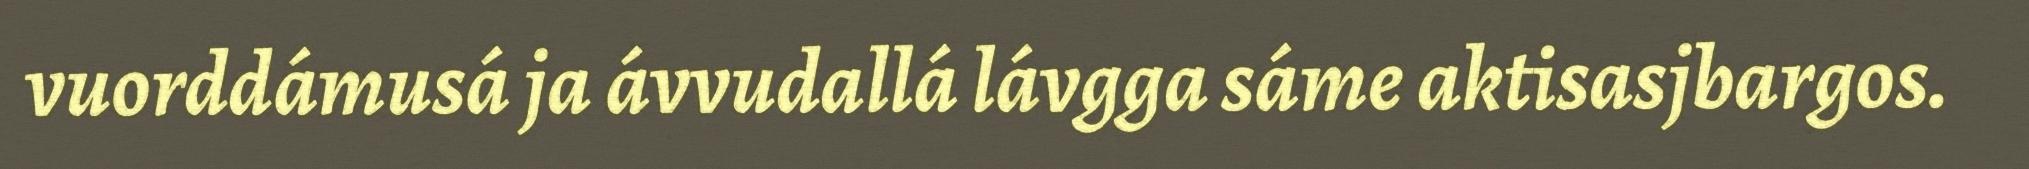
vuorddámusá ja ávvudallá lávgga sáme aktisasjbargos.